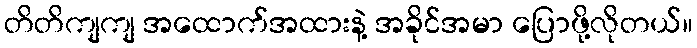
တိတိကျကျ အထောက်အထားနဲ့ အခိုင်အမာ ပြောဖို့လိုတယ်။